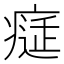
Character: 𤸕